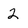
Character: 2